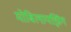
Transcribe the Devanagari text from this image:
मोबिलायझिंग